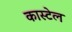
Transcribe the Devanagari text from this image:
कास्टेल